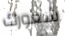
شعورك